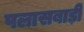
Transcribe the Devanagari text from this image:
पलासबाड़ी